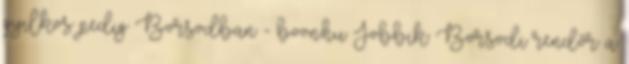
gyilkos pedig Borsodban - boon.hu Jobbik: Borsodi rendőr a